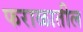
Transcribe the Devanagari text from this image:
फराळातील